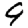
Digit: 9